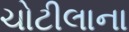
ચોટીલાના